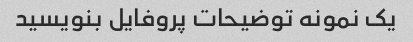
یک نمونه توضیحات پروفایل بنویسید